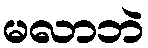
မလာဘဲ